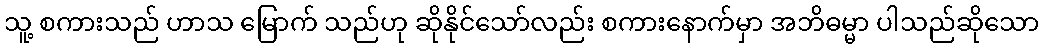
သူ့ စကားသည် ဟာသ မြောက် သည်ဟု ဆိုနိုင်သော်လည်း စကားနောက်မှာ အဘိဓမ္မာ ပါသည်ဆိုသော